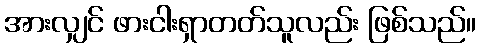
အားလျှင် ဖားငါးရှာတတ်သူလည်း ဖြစ်သည်။